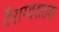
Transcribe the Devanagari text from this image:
वैराग्यसतक